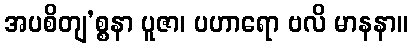
အပစိတျ’စ္စနာ ပူဇာ၊ ပဟာရော ဗလိ မာနနာ။